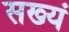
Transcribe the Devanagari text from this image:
सख्यं